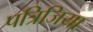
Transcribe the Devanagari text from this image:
पत्रिजिया